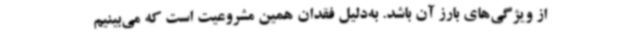
از ویژگی‌های بارز آن باشد. به‌دلیل فقدان همین مشروعیت است که می‌بینیم